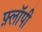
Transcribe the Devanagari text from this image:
फ़्लॉपी